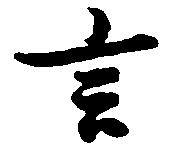
言